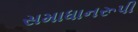
સમાધાનરૂપી